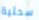
سحلية